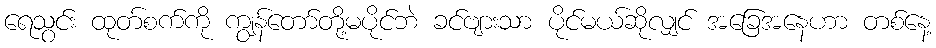
ရေသွင်း ထုတ်စက်ကို ကျွန်တော်တို့မပိုင်ဘဲ ခင်ဗျားသာ ပိုင်မယ်ဆိုလျှင် အခြေအနေဟာ တစ်နေ့